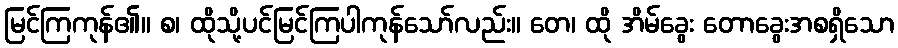
မြင်ကြကုန်၏။ စ၊ ထိုသို့ပင်မြင်ကြပါကုန်သော်လည်း။ တေ၊ ထို အိမ်ခွေး တောခွေးအစရှိသော